Investigations on Bengal jail dietaries - Number 37
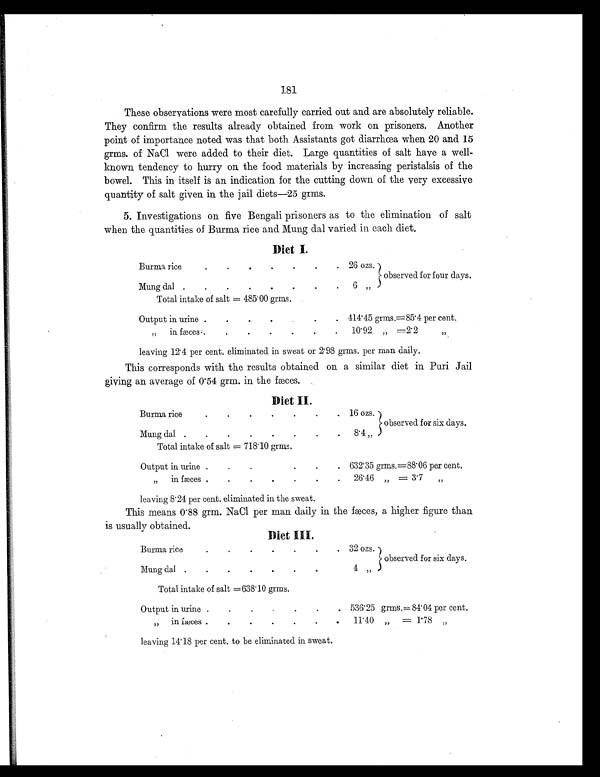
181
These observations were most carefully carried out and are absolutely reliable.
They confirm the results already obtained from work on prisoners. Another
point of importance noted was that both Assistants got diarrhoea when 20 and 15
grms. of NaCl were added to their diet. Large quantities of salt have a well-
known tendency to hurry on the food materials by increasing peristalsis of the
bowel. This in itself is an indication for the cutting down of the very excessive
quantity of salt given in the jail diets-25 grms.
5. Investigations on five Bengali prisoners as to the elimination of salt
when the quantities of Burma rice and Mung dal varied in each diet.
Diet I.
Burma rice. 26 ozs.
.
.
.
.
•
•
•
observed for four days. .
Mung dal .
.
.
6 „
.
.
.
.
Total intake of salt = 485.00 grms.
Output in urine.
.
. 114.45 grms.,=85.4 per cent.
.
in fmces , ..
10.92 „ =2.2
•
leaving 12.4 per cent. eliminated in sweat or 2.98 grms. per man daily.
This corresponds with the results obtained on a similar diet in Puri Jail
giving an average of 0'54 grm. in the feces.
Diet IL
Burma rice. 16 ozs.
.
.
.
.
.
.
observed for six days.
Mung dal.
.
8.4
.
.
.
.
.
.
Total intake of salt = 718.10 guns.
'
'
•
Output in urine .
-
. 632.35 grms.=88.06 per cent.
in freces.
.
26.46
= 3.7
leaving 8.24 per cent. eliminated in the sweat.
This means 0'88 grm. NaCl per man daily in the feces, a higher figure than
is usually obtained.
Diet III.
Burma rice. 32 ozs. )
•
'
•
'
-
.
observed for six days.
.
Mung dal . . 4 77
.
.
.
.
Total intake of salt =638.10 grins.
Output in urine .. 536.25 grins.-- 84.01 per cent.
,,
in faeces ..
.
11.40 „
= 1'78 „
•
•
•
•
•
leaving 11.18 per cent. to be eliminated in sweat.